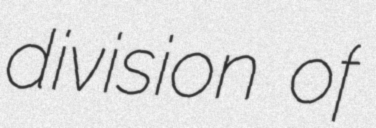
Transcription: division of